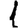
Digit: 1